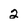
Character: 2